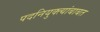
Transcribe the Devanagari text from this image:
पदनियुक्त्यांबाबत